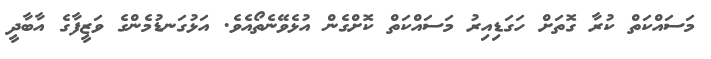
މަސައްކަތް ކުރާ ގޮތަށް ހަގަޑިއިރު މަސައްކަތް ކޮށްގެން އުޅެވޭނެތޯއެވެ. އަޅުގަނޑުމެންގެ ވަޒީފާގެ އާބާދީ